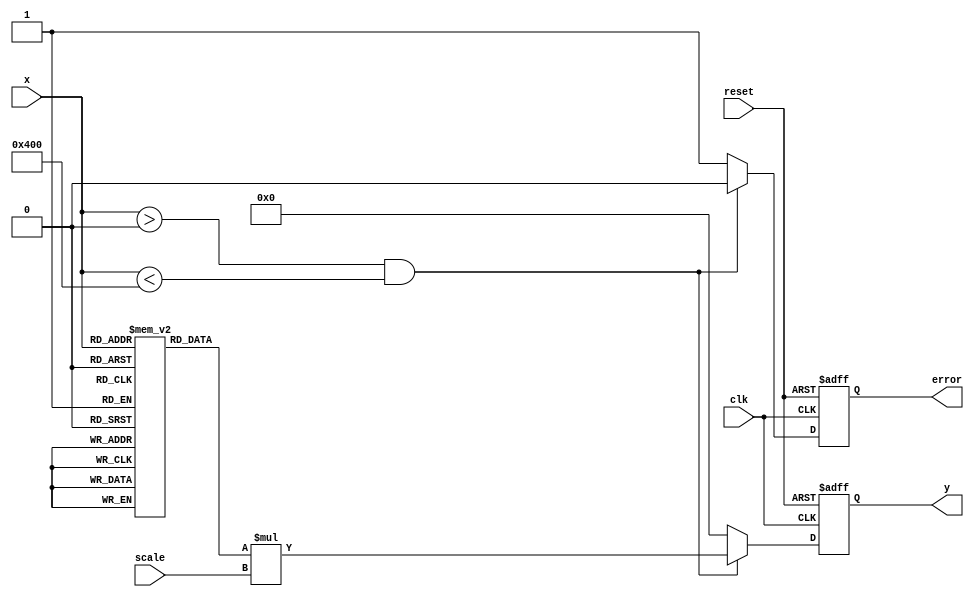
module LogarithmicScalingCircuit (
    input wire [9:0] x,          // 10-bit input signal
    input wire [7:0] scale,      // Scaling factor (8-bit)
    input wire clk,              // Clock signal
    input wire reset,            // Reset signal
    output reg [9:0] y,          // 10-bit logarithmic output
    output reg error             // Error signal for invalid input
);

    // Logarithmic lookup table (base 2 for simplicity)
    reg [9:0] log_lookup [0:1023]; // Size should match input range, e.g., 0-1023
    integer i;

    initial begin
        // Populate the logarithmic lookup table (base 2)
        for (i = 1; i < 1024; i = i + 1) begin
            log_lookup[i] = $rtoi($ln(i) / $ln(2)); // Log base 2
        end
        log_lookup[0] = 10'b0; // Log(0) is undefined
    end

    always @(posedge clk or posedge reset) begin
        if (reset) begin
            y <= 10'b0;
            error <= 1'b0;
        end else begin
            if (x > 0 && x < 1024) begin
                // Valid input range
                y <= log_lookup[x] * scale; // Apply scaling
                error <= 1'b0; // No error
            end else begin
                // Invalid input case
                y <= 10'b0; // Output zero in case of error
                error <= 1'b1; // Set error signal
            end
        end
    end

endmodule